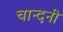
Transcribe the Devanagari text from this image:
चान्दनी